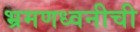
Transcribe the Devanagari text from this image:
भ्रमणध्वनीची